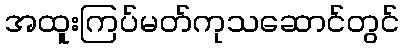
အထူးကြပ်မတ်ကုသဆောင်တွင်